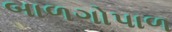
બાળગોપાળ